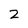
Character: 2